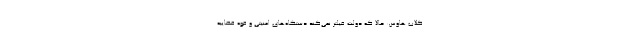
کلاب ‌هاوس: حالا که دولت فیلتر نمی‌کند دستگاه‌های امنیتی و قوه قضاییه